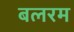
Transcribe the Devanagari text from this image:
बलरम